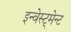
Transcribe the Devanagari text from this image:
इन्वेस्ट्मेन्ट